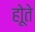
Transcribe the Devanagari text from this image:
होूते